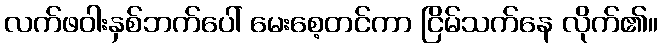
လက်ဖဝါးနှစ်ဘက်ပေါ် မေးစေ့တင်ကာ ငြိမ်သက်နေ လိုက်၏။